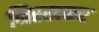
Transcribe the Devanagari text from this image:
निरखकर